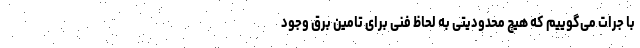
با جرات می‌گوییم که هیچ محدودیتی به لحاظ فنی برای تامین برق وجود